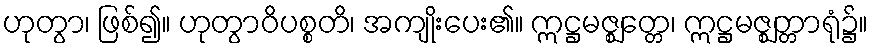
ဟုတွာ၊ ဖြစ်၍။ ဟုတွာဝိပစ္စတိ၊ အကျိုးပေး၏။ ဣဋ္ဌမဇ္ဈတ္တေ၊ ဣဋ္ဌမဇ္ဈတ္တာရုံ၌။